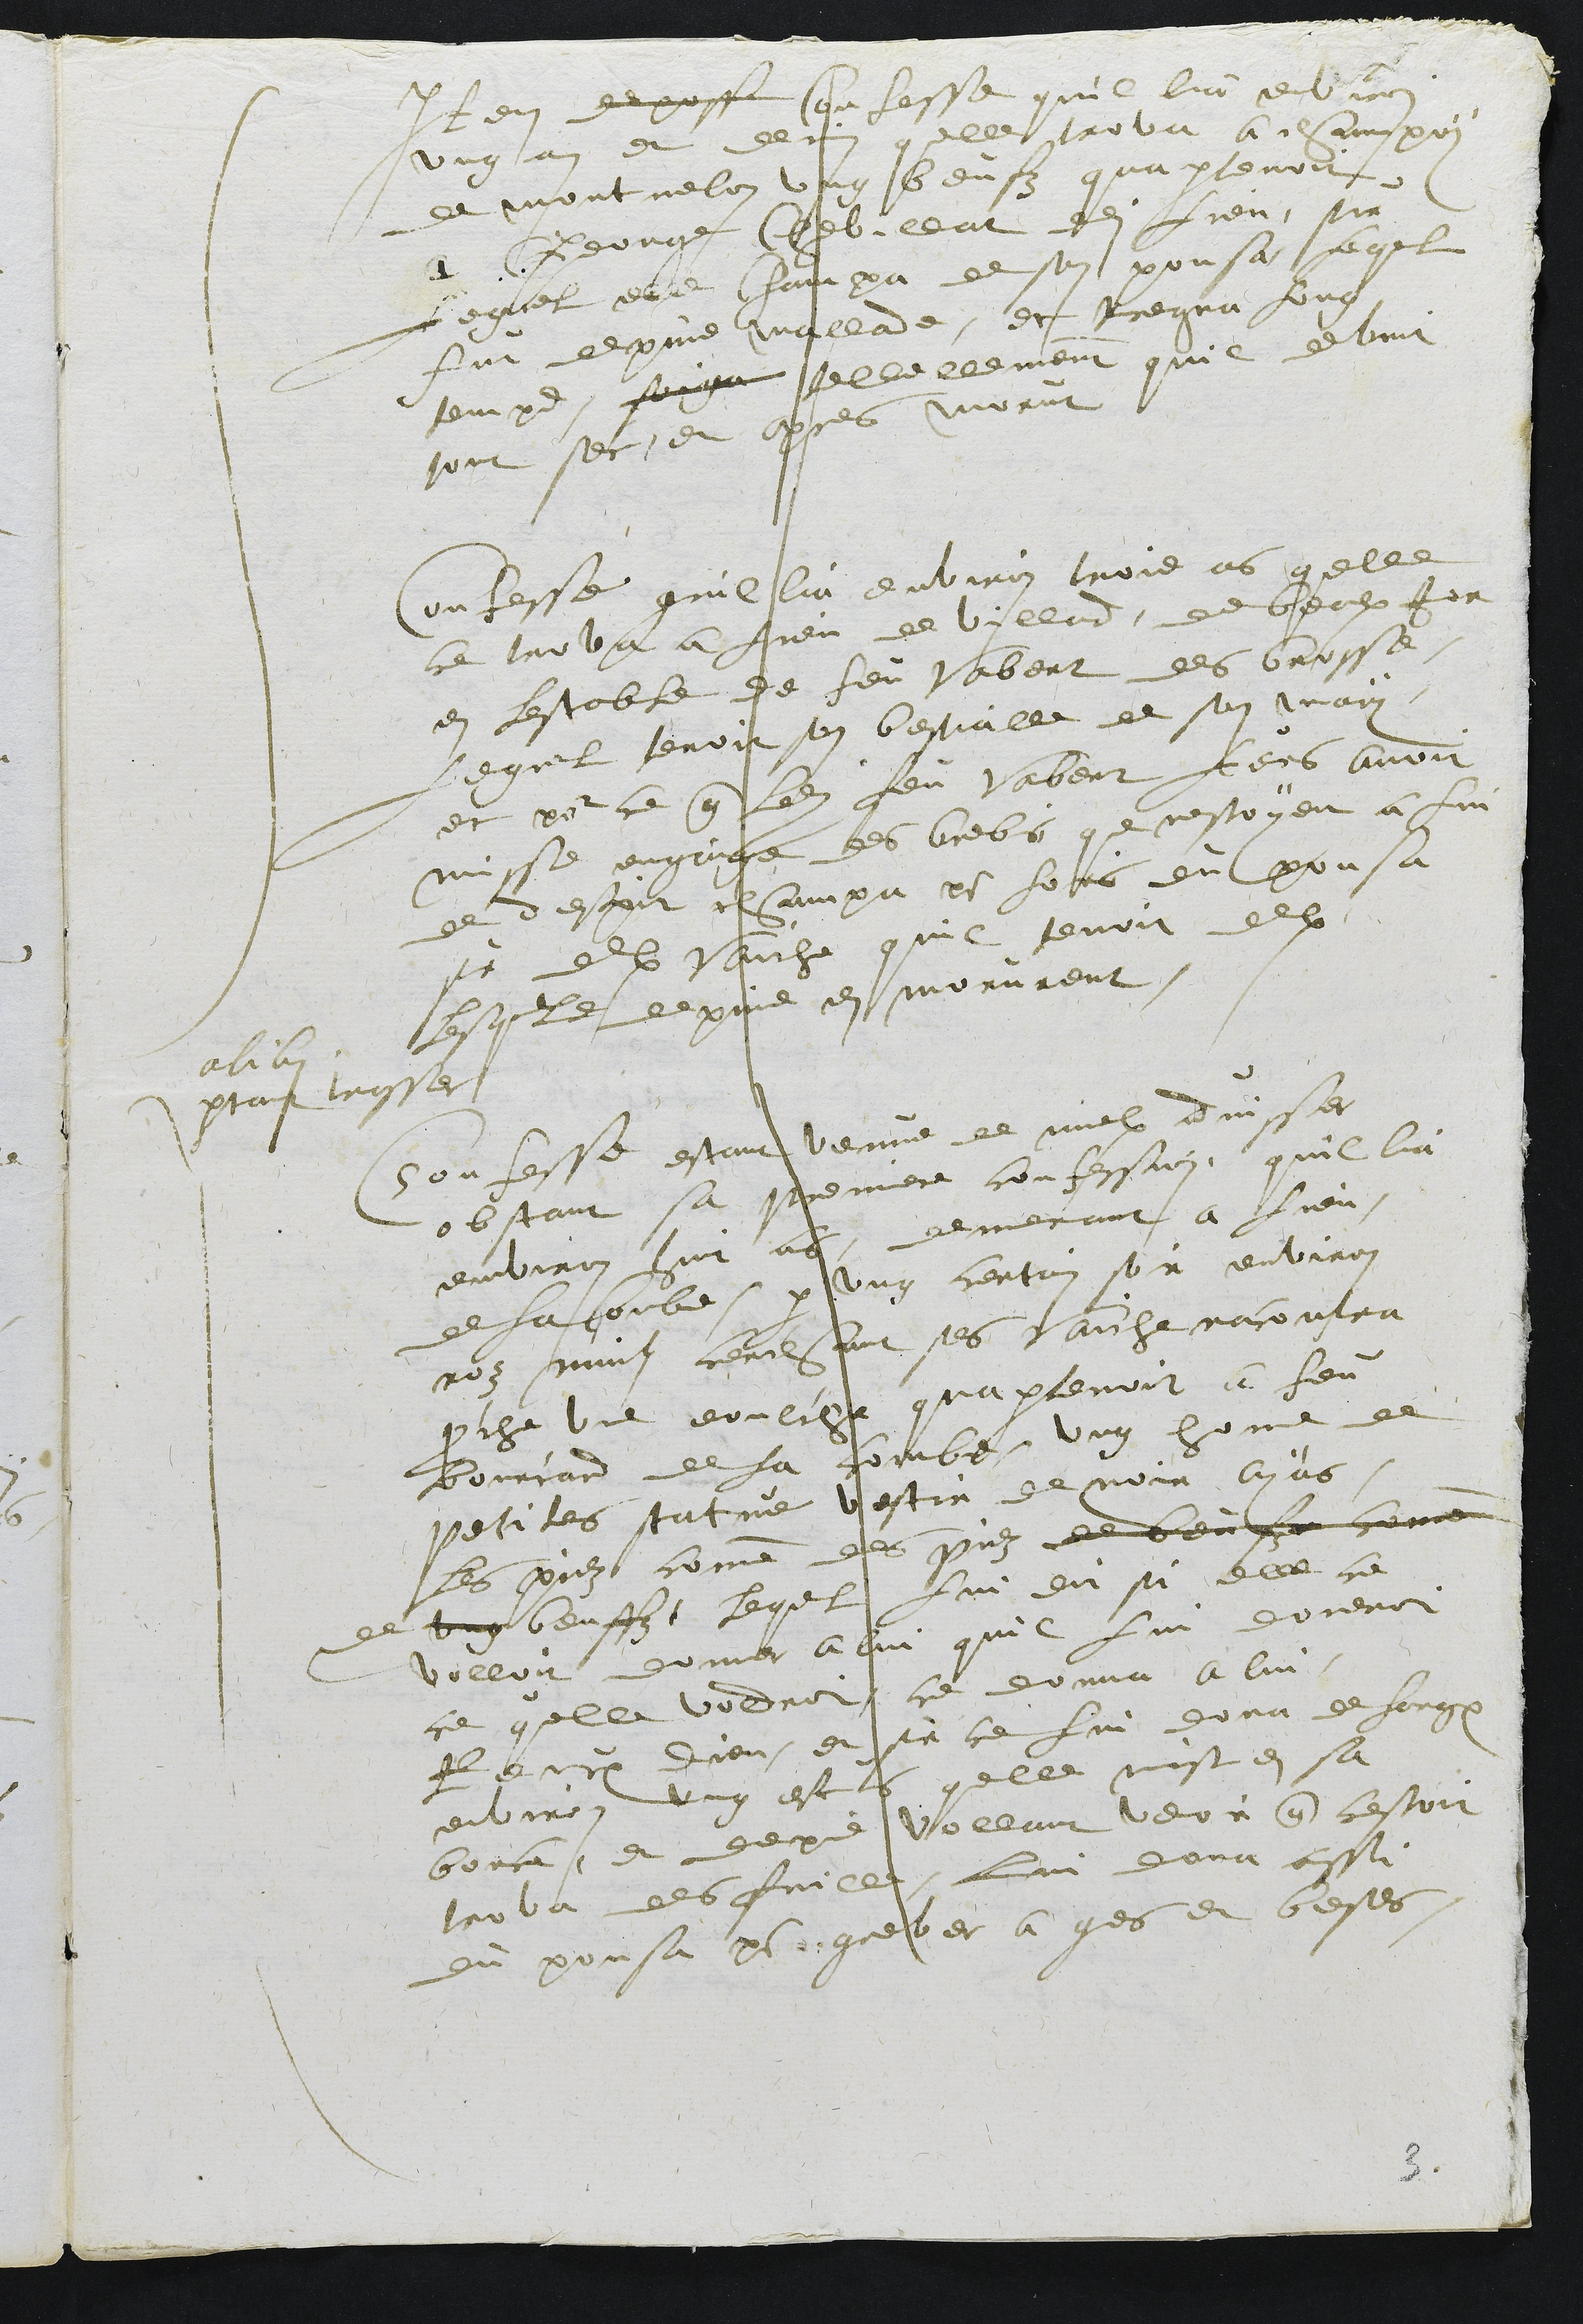
alibi.
partant trasser
Item depose confesse quil lia environ
ung an et demi quelle trova a champoy
de montmelon ung beufz quapartenoit
a George Chevillat dudit lieu, sur
Lequel elle champa de son pousa lequel
fut depuis mallade, et tregna long
temps soiga tellellement quil devint
tout sec et apres morut
Confesse quil lia environ trois ans quelle
ce trova a lieu de villard, de beaulx Jor
en lestable de feu Vabert des brosse,
lequel tenoit son bestialle de son mary
et pour ce que ledit feu Vabert leurs avoit
misse engaige des brebis que nestoyent a lui
de despit champa pour lors du pousa
sur deulx vaiche quil tenoit deulx
lesquelle depuis en morurent.
Confesse estant venue de mieulx advisser
obstant sa premiere confession, quil lia
environ huit ans, demeurant a lieu
de la Combe, par ung certain soir environ
noz nuits cerchant ses vaiche racontra
proche une eoulche quapartenoit a feu
Bourcard de la combe, ung home de
petites statue vestir de noir ayans
les piez comme des piez de beufz comme
de ung beuffz, lequel lui dit si elle ce
volloit donner a lui quil lui doneroi
ce quelle voldroit, ce donna a lui
Reniat Dieu, et sur ce lui dona de largent
environ ung escus quelle mist en sa
borce, et depuis vollant veoir que cestoit
trova des fuille, lui dona aussi
du pousa pour grever a gens et bestes,

3